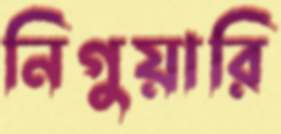
নিগুয়ারি